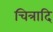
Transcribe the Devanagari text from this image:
चित्रादि